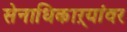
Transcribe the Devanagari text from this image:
सेनाधिकाऱ्यांवर